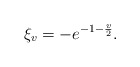
\begin{align*}\xi_v = -e^{-1-\frac{v}{2}}.\end{align*}